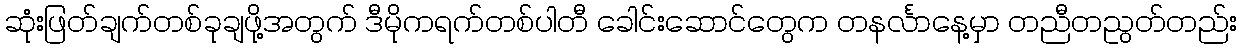
ဆုံးဖြတ်ချက်တစ်ခုချဖို့အတွက် ဒီမိုကရက်တစ်ပါတီ ခေါင်းဆောင်တွေက တနင်္လာနေ့မှာ တညီတညွတ်တည်း